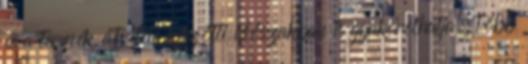
és a termék átvétele közötti időszakban is gyakorolhatja. több